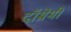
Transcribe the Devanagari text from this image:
दॉम्रेमी